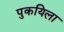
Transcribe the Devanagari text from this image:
पुकयिला